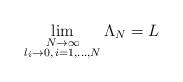
LaTeX: \begin{align*}\lim_{\substack {N\to\infty\\ l_i\to 0,\, i=1,\ldots,N}}\Lambda_N=L\end{align*}